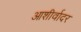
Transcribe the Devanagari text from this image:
आशीर्वादर